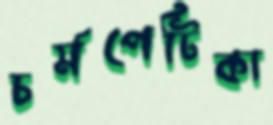
চর্মপেটিকা